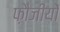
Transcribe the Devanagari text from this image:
फ़ौजीयों